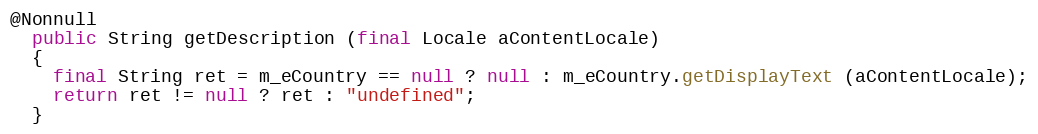
Language: Java
@Nonnull
  public String getDescription (final Locale aContentLocale)
  {
    final String ret = m_eCountry == null ? null : m_eCountry.getDisplayText (aContentLocale);
    return ret != null ? ret : "undefined";
  }